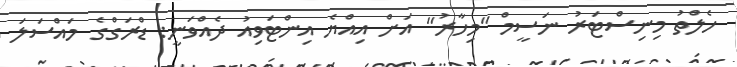
ހެލްތު މިނިސްޓަރު ނަސީމް "މިހާރު" އަށް އިއްޔެ އިންޓަވިއު ދެއްވަނީ: ޑްރަގްގެ މައްސަލަ